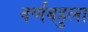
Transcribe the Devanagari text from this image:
वर्णबहुला